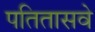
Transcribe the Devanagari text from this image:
पतितासवे